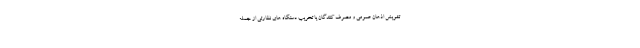
تشویش اذهان عمومی و مصرف کنندگان یا تخریب دستگاه های نظارتی از جمله